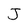
Character: J